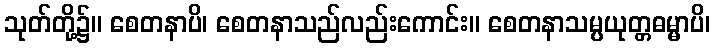
သုတ်တို့၌။ စေတနာပိ၊ စေတနာသည်လည်းကောင်း။ စေတနာသမ္ပယုတ္တဓမ္မာပိ၊